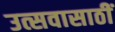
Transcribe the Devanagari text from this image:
उत्सवासाठीं